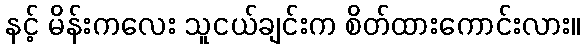
နင့် မိန်းကလေး သူငယ်ချင်းက စိတ်ထားကောင်းလား။